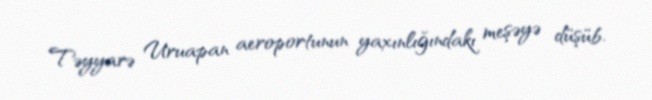
Təyyarə Uruapan aeroportunun yaxınlığındakı meşəyə düşüb.